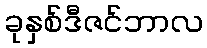
ခုနှစ်ဒီဇင်ဘာလ